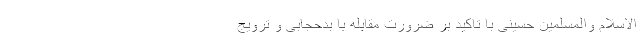
الاسلام والمسلمین حسینی با تاکید بر ضرورت مقابله با بدحجابی و ترویج